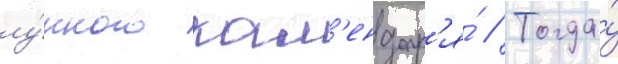
лу́нного кал'ендар'я́ // Тогда́